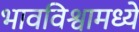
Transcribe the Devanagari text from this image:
भावविश्वामध्ये